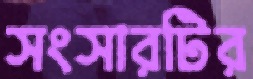
সংসারটির